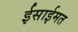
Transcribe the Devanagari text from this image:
ईसाईमत